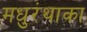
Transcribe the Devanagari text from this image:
मधुरंथाका